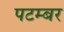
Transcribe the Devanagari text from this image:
पटम्‍बर